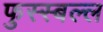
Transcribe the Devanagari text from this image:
फुस्स्बल्ल